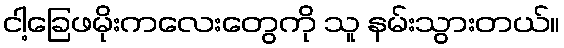
ငါ့ခြေဖမိုးကလေးတွေကို သူ နမ်းသွားတယ်။